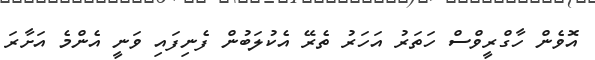
އޮވެން ހާގްރީވްސް ހަތަރު އަހަރު ތެރޭ އެކުލަބުން ފެނިފައި ވަނީ އެންމެ އަށާރަ